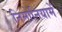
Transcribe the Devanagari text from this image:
निमोनियामें